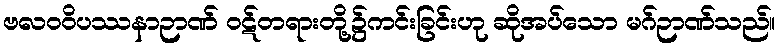
ဗလဝဝိပဿနာဉာဏ် ဝဋ်တရားတို့၌ကင်းခြင်းဟု ဆိုအပ်သော မဂ်ဉာဏ်သည်။